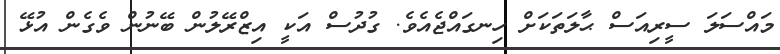
މައްސަލަ ސީރިއަސް ޙާލަތަކަށް ހިނގައްޖެއެވެ. ގުދުސް އަކީ އިޒްރޭލުން ބޭނުން ވެގެން އުޅޭ